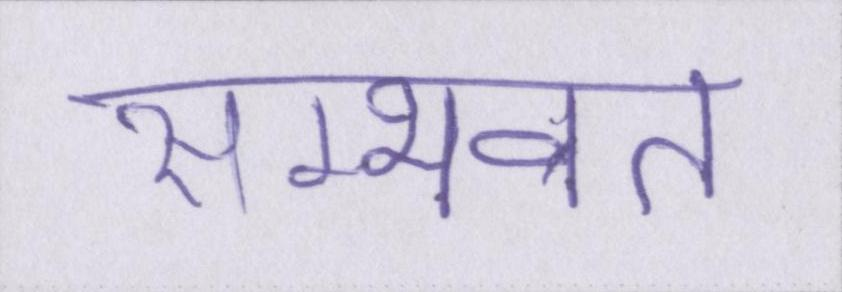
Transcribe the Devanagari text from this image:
सम्भवत